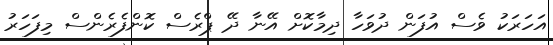
އަހަރަކު ވެސް އުފަން ދުވަހާ ދިމާކޮށް އޭނާ ދޭ ޕްރެސް ކޮންފެރެންސް މިފަހަރު